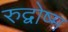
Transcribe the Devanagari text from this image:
रुद्वोष्म